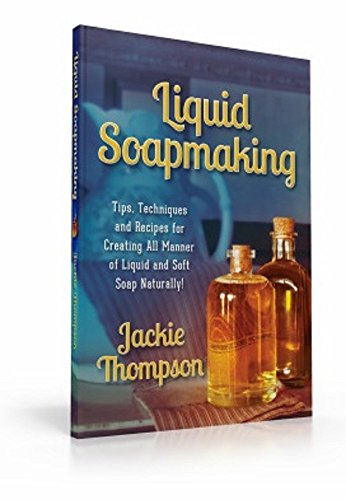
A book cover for Liquid Soapmaking; Jackie Thompson; Crafts, Hobbies & Home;